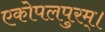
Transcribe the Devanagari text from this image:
एकोपलपुरम्।